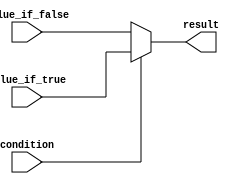
module conditional_operator_example (
  input wire condition,
  input wire value_if_true,
  input wire value_if_false,
  output reg result
);

always @ (*) begin
  result = condition ? value_if_true : value_if_false;
end

endmodule